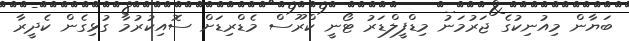
ބަޔާން މިއުނިކުގެ ޖަރުމަނު މިޑްފީލްޑަރު ޓޯނީ ކްރޫސް މެޑްރިޑަށް ސޮއިކުރުމާ ގުޅިގެން ކެދީރާ